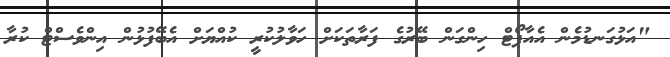
"އަޅުގަނޑުމެން އެއާޕޯޓް ހިންގަން ބޭރުގެ ފަރާތަކަށް ހަވާލުކުރީ ކުއްޔަށް އެބޭފުޅުން އިންވެސްޓް ކުރާ